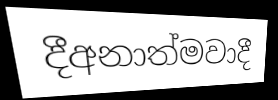
දීඅනාත්මවාදී